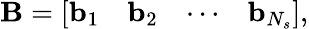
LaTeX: \mathbf{B}=\left[\begin{array}{llll}{\mathbf{b}_{1}}&{\mathbf{b}_{2}}&{\cdots}&{\mathbf{b}_{N_{s}}}\end{array}\right],